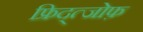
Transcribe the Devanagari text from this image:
फ्रिद्त्जोफ़